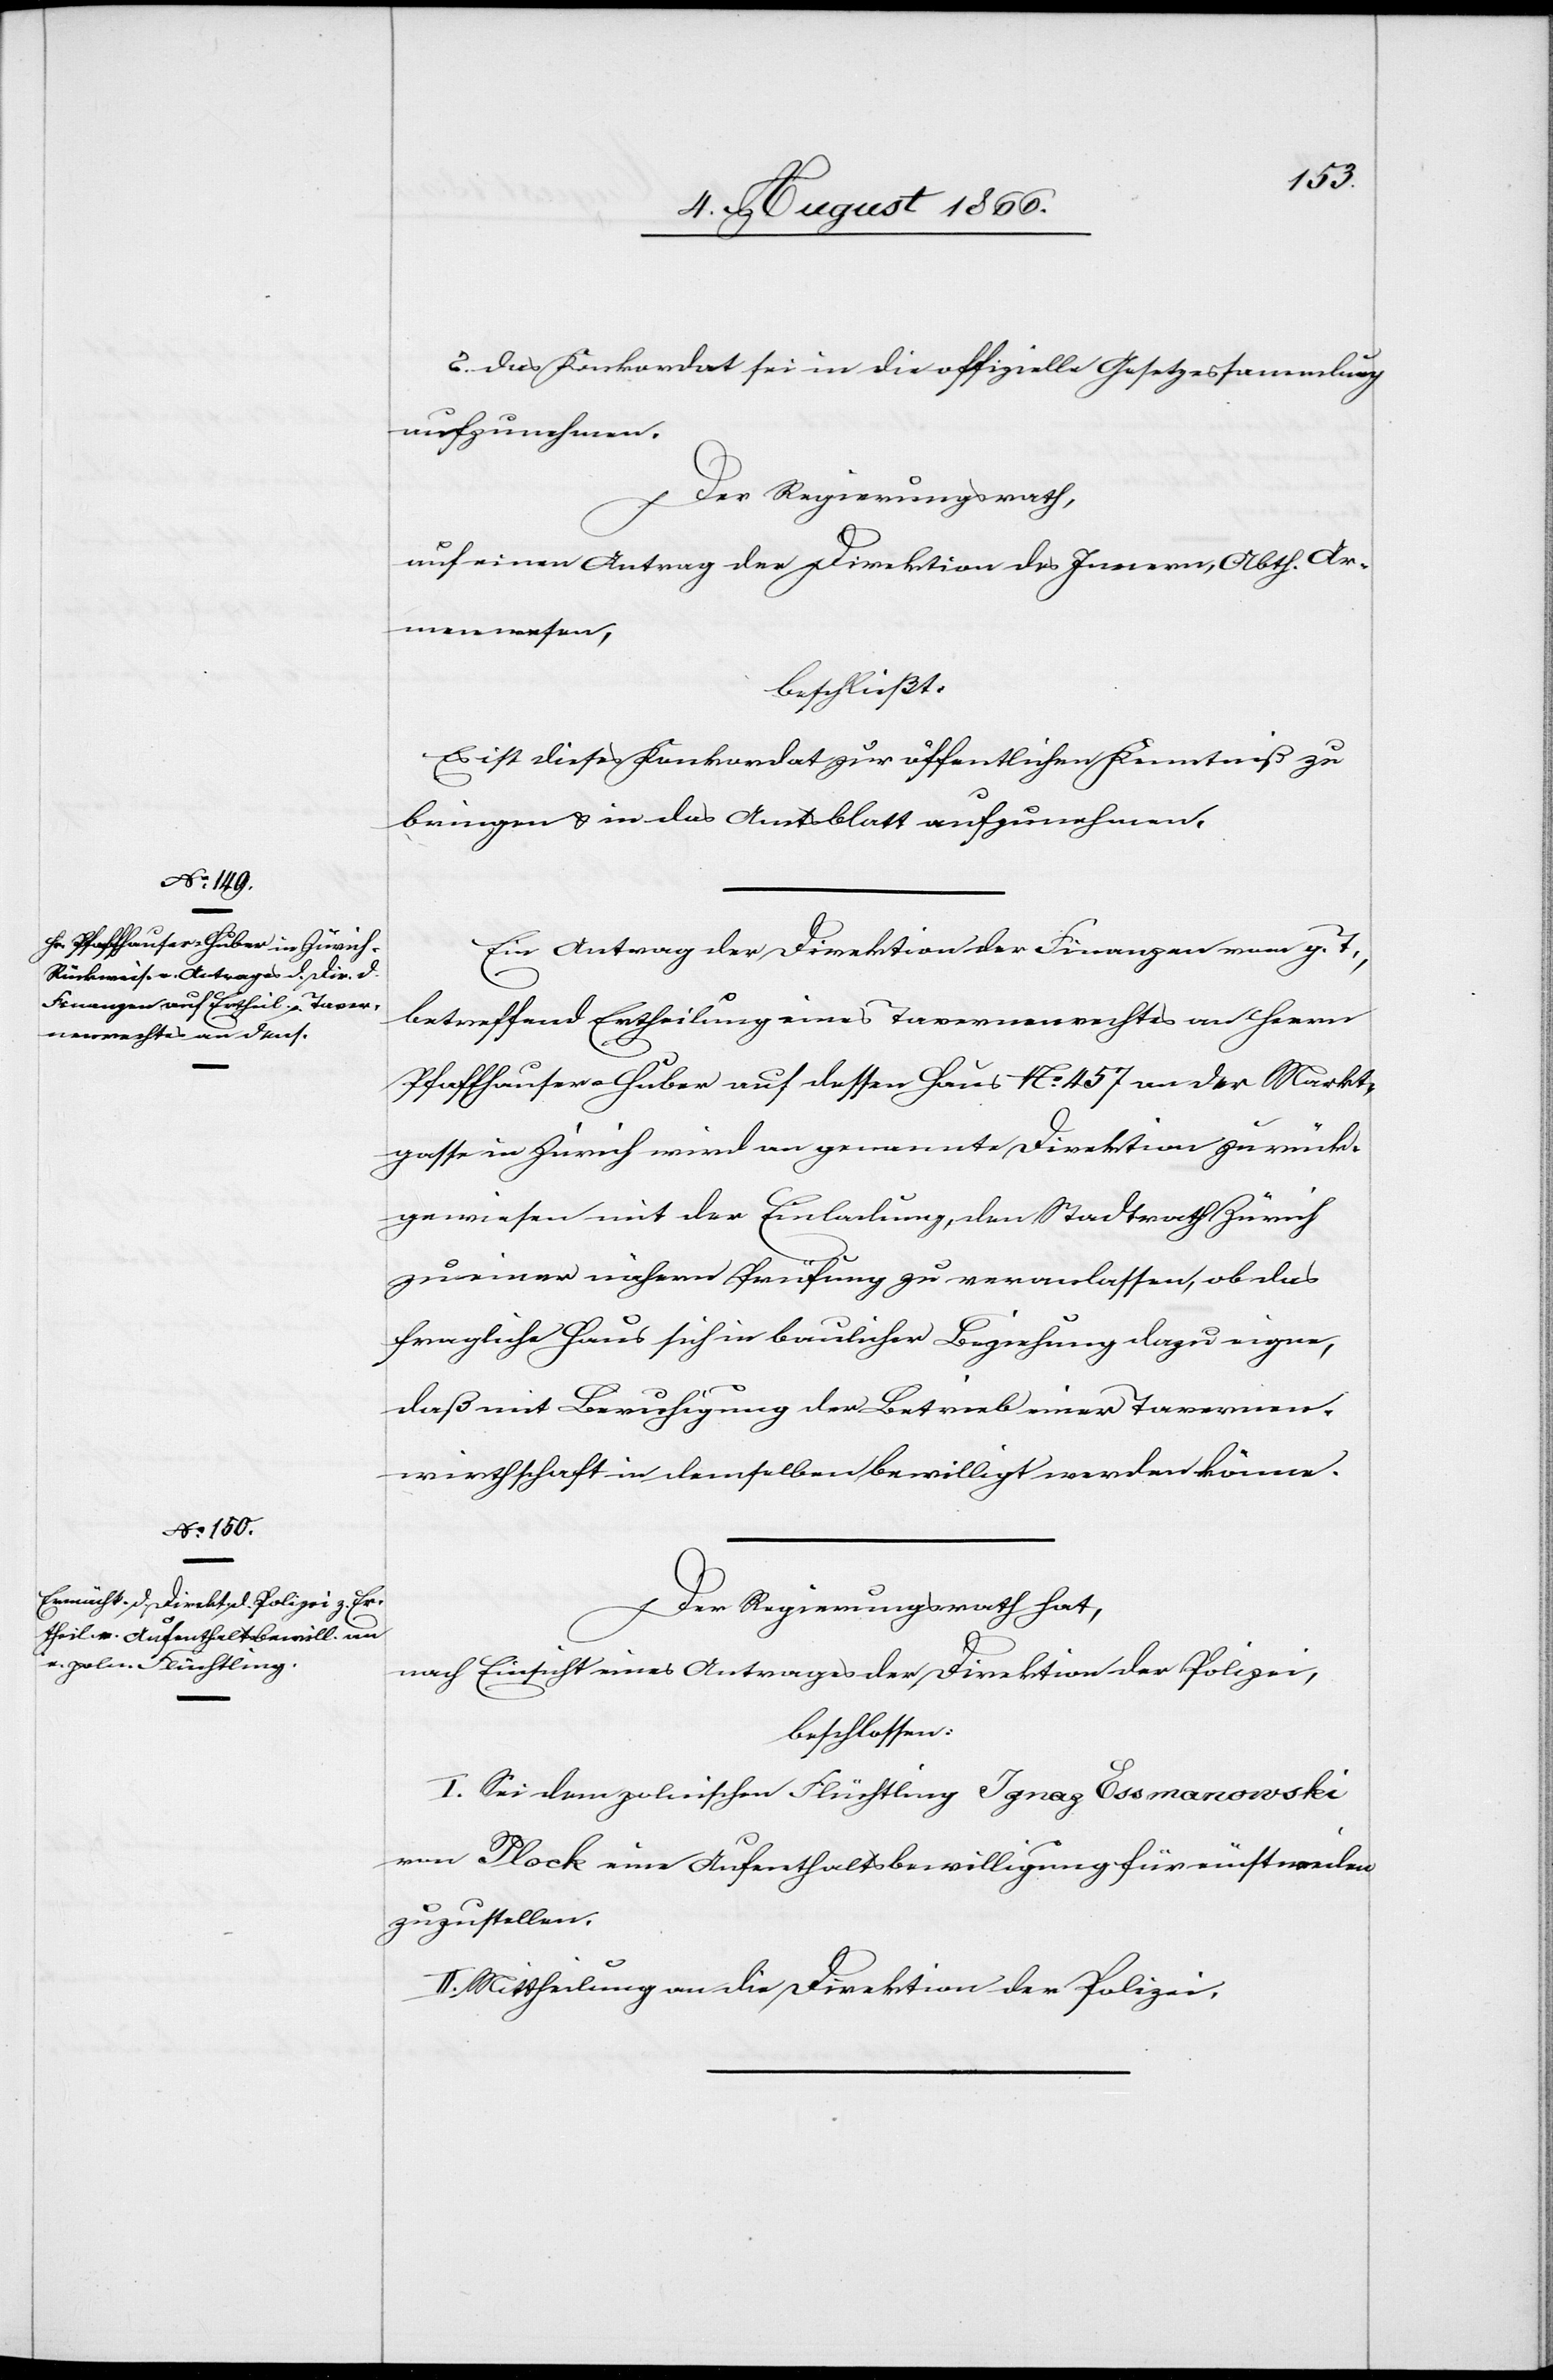
2. das Konkordat sei in die offizielle Gesetzessammlung
aufzunehmen.
Der Regierungsrath,
auf einen Antrag der Direktion des Innern, Abth. Ar¬
menwesen,
beschließt:
Es ist dieses Konkordat zur öffentlichen Kenntniß zu
bringen u. in das Amtsblatt aufzunehmen.
Ein Antrag der Direktion der Finanzen vom g. T.,
betreffend Ertheilung eines Tavernenrechtes an Herrn
Pfaffhauser-Huber auf dessen Haus No. 457 an der Markt¬
gasse in Zürich wird an genannte Direktion zurück¬
gewiesen mit der Einladung, den Stadtrath Zürich
zu einer nähern Prüfung zu veranlassen, ob das
fragliche Haus sich in baulicher Beziehung dazu eigne,
daß mit Beruhigung der Betrieb einer Tavernen¬
wirthschaft in demselben bewilligt werden könne.
Der Regierungsrath hat,
nach Einsicht eines Antrages der Direktion der Polizei,
beschlossen:
I. Sei dem polnischen Flüchtling Ignaz Essmanowski
von Plock eine Aufenthaltsbewilligung für einstweilen
zuzustellen.
II. Mittheilung an die Direktion der Polizei.